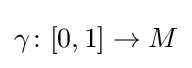
\gamma \colon [0,1]\rightarrow M